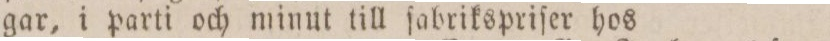
gar, i parti och minut till ſabrikspriſer hos